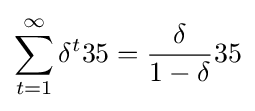
\sum _{t=1}^{\infty }\delta ^{t}35={\frac {\delta }{1-\delta }}35